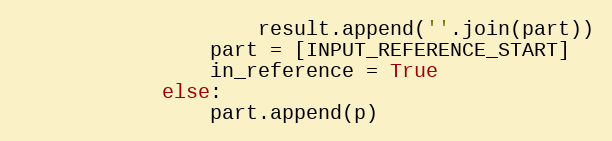
Language: Python
                    result.append(''.join(part))
                part = [INPUT_REFERENCE_START]
                in_reference = True
            else:
                part.append(p)